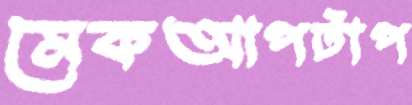
মেকআপটাপ